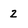
Character: 2